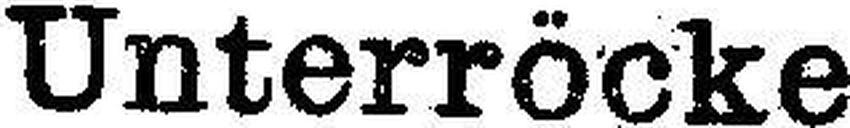
Unterröcke